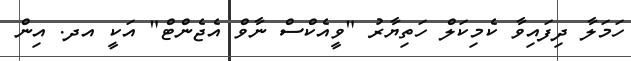
ހަމަލާ ދިފައިވާ ކެމިކަލް ހަތިޔާރު "ވީއެކްސް ނާވް އެޖެންޓް" އަކީ އދ. އިން